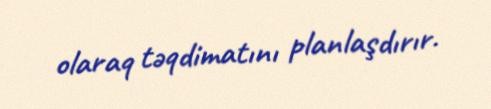
olaraq təqdimatını planlaşdırır.